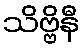
သိဗ္ဗိနီ